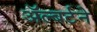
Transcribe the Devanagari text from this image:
ॲल्बर्टने